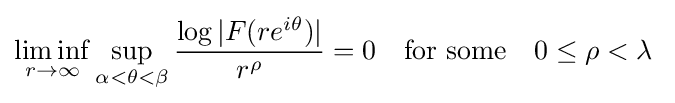
\liminf _{r\to \infty }\sup _{\alpha <\theta <\beta }{\frac {\log |F(re^{i\theta })|}{r^{\rho }}}=0\quad {\text{for some}}\quad 0\leq \rho <\lambda ~